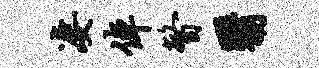
凄倬瞥翳